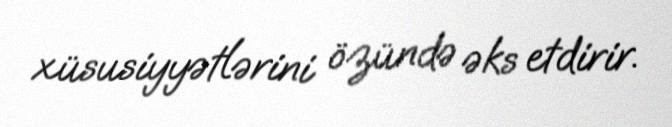
xüsusiyyətlərini özündə əks etdirir.